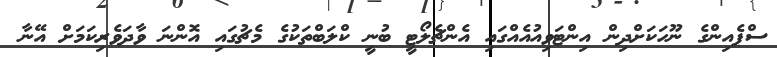
ސްޕެއިންގެ ނޫހަކަށްދިން އިންޓަވިއުއެއްގައި އެންޗެލޯޓީ ބުނީ ކްލަބްތަކުގެ މެޗުގައި އޮންނަ ވާދަވެރިކަމަށް އޭނާ